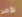
الأمر